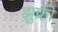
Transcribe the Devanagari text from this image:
झुफ्री